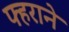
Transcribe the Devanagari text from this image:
फ्हराने